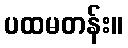
ပထမတန်း။